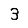
Digit: 3